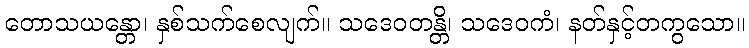
တောသယန္တော၊ နှစ်သက်စေလျက်။ သဒေဝတန္တိ၊ သဒေဝကံ၊ နတ်နှင့်တကွသော။